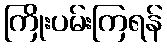
ကြိုးပမ်းကြရန်